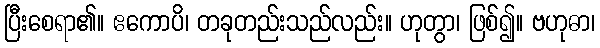
ပြီးစေရာ၏။ ဧကောပိ၊ တခုတည်းသည်လည်း။ ဟုတွာ၊ ဖြစ်၍။ ဗဟုဓာ၊